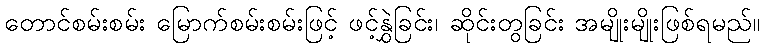
တောင်စမ်းစမ်း မြောက်စမ်းစမ်းဖြင့် ဖင့်နွှဲခြင်း၊ ဆိုင်းတွခြင်း အမျိုးမျိုးဖြစ်ရမည်။